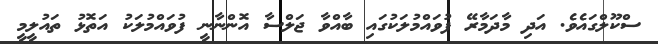
ސްކޫލްގައެވެ. އަދި މާދަމާރޭ ފުވައްމުލަކުގައި ބާއްވާ ޖަލްސާ އޮންނާނީ ފުވައްމުލަކު އަތޮޅު ތައުލީމީ